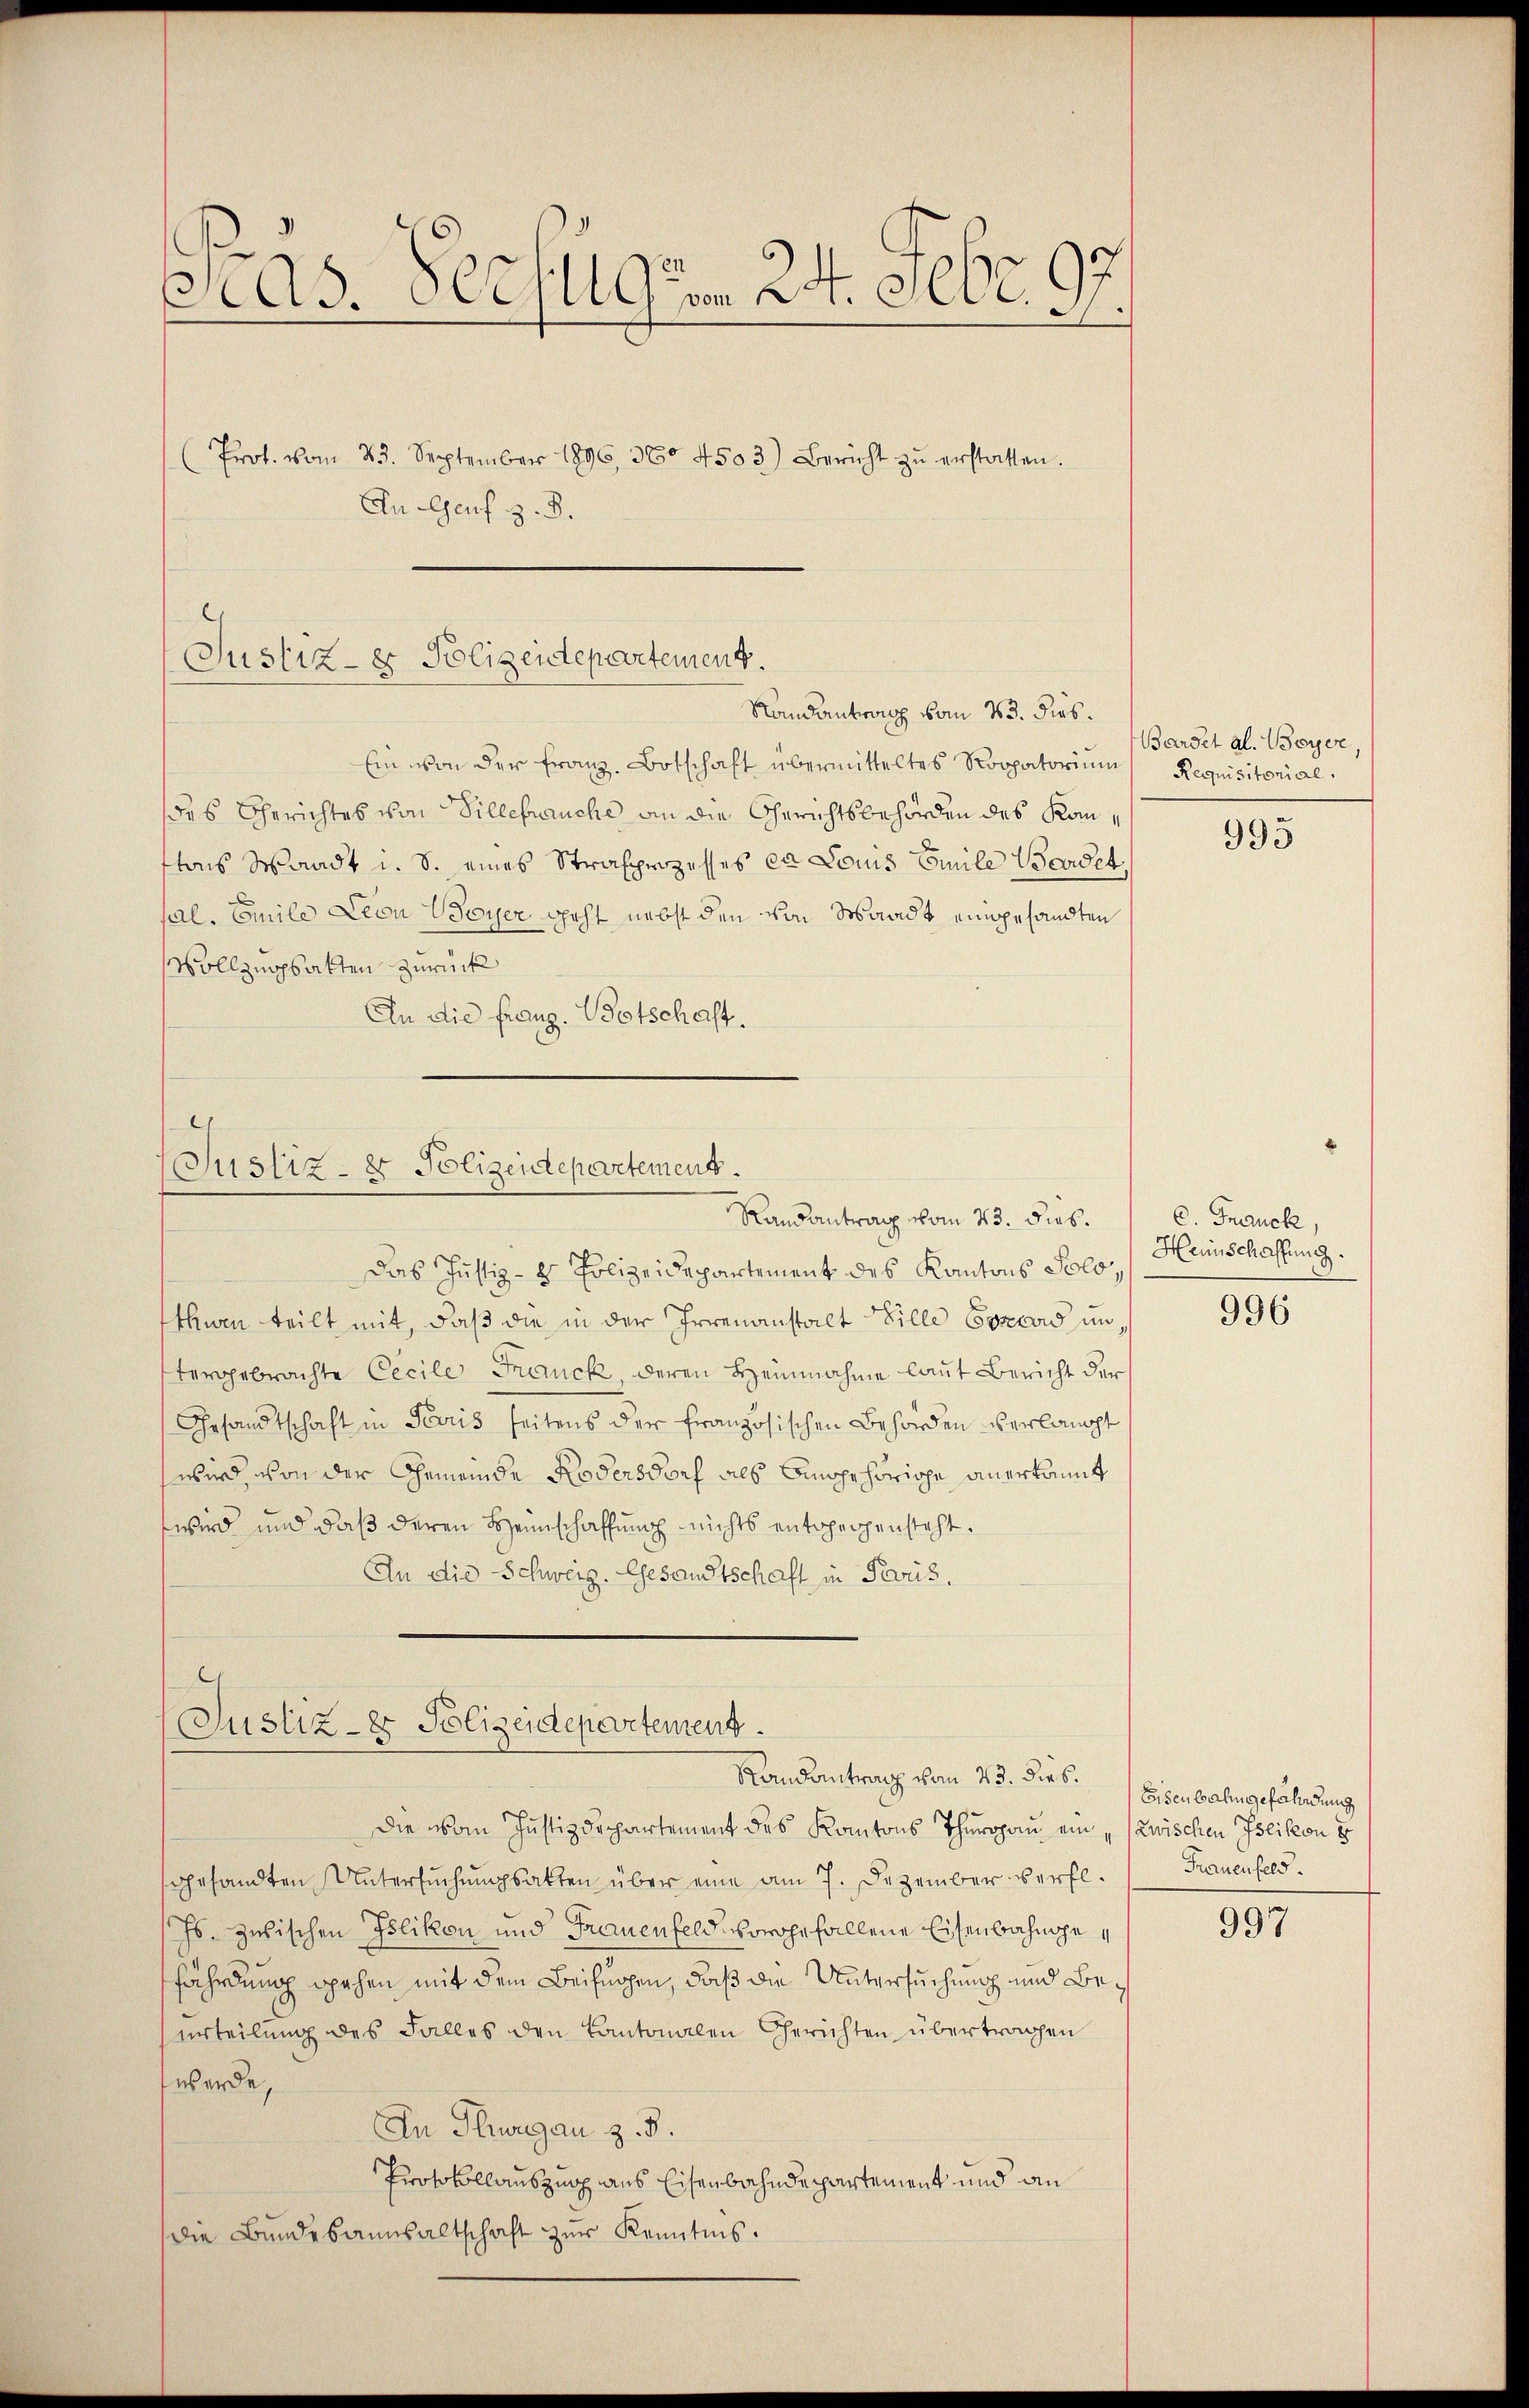
Pras. Rechtig am 24. Febr. 97.
(Prot. vom 23. September 1896, 360 4503) Bericht zŭ erstatten.
An Genf z. B.

Justiz- & Polizentepartement.
Randantron vom 23. dies.
Ein von der Franz-Botschaft übermitteltes Soopatorium Requisitorial.

sal. Emile Leon Boyer geht nebst den von Waadt eingesandten
Vollzugsakten zurück
An die franz. Botschaft.

Justiz- & Polizeidepartement.
Randantrag vom 23. dies.

Das Justiz- & Polizeidepartement des Kantons Solothwen teilt mit, daß die in der Irrenanstalt Bille Concord untergebrachte Cecile Franck, deren Heinnahme laut Bericht der
Gesandtschaft in Terris seitens der französischen Behörden verlangt
wird von der Gemeinde Kodersdorf als Biogehöriche anerkannt
wird und daß deren Heimschaffung nichts entgegensteht.
An die Schweiz. Gesandtschaft in Paris.

des Gerichtes von Villebrauche an die Gerichtsbehörden des Kontons Waadt u. S. eines Strafprozesses ca Louis Emile Werdet

Justiz- & Polizeidepartement.
Randantrag vom 23. dies.

Bandet al. Beyer

Die vom Justizdepartement des Kantons Thurgau ein „Zwischen Islikon 8
gesandten Untersuchungsakten über eine am 7. Dezember verfl
Js. zwischen Islikon und Frauenfeld vorgefallene Eisenbahngefährdung gehen mit dem Beifügen, daß die Untersuchung und Beurteilung des Falles den Kantonalen Gerichten übertragen
werde,
In Thurgau z. B.
Protokollauszug aus Eisenbahndepartement und an
die Bundebannsaltschaft zur Kenntnis.

995

C. Franck,
Heinschaffung.

996

Eisenbahn gefährdung
Frauenfeld.

997